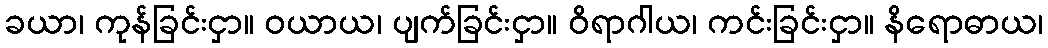
ခယာ၊ ကုန်ခြင်းငှာ။ ဝယာယ၊ ပျက်ခြင်းငှာ။ ဝိရာဂါယ၊ ကင်းခြင်းငှာ။ နိရောဓာယ၊